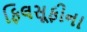
ફિલસૂફીના